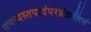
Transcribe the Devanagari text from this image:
समन्यस्तपादंपरब्रंह्मलिंगं